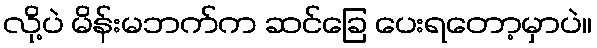
လို့ပဲ မိန်းမဘက်က ဆင်ခြေ ပေးရတော့မှာပဲ။